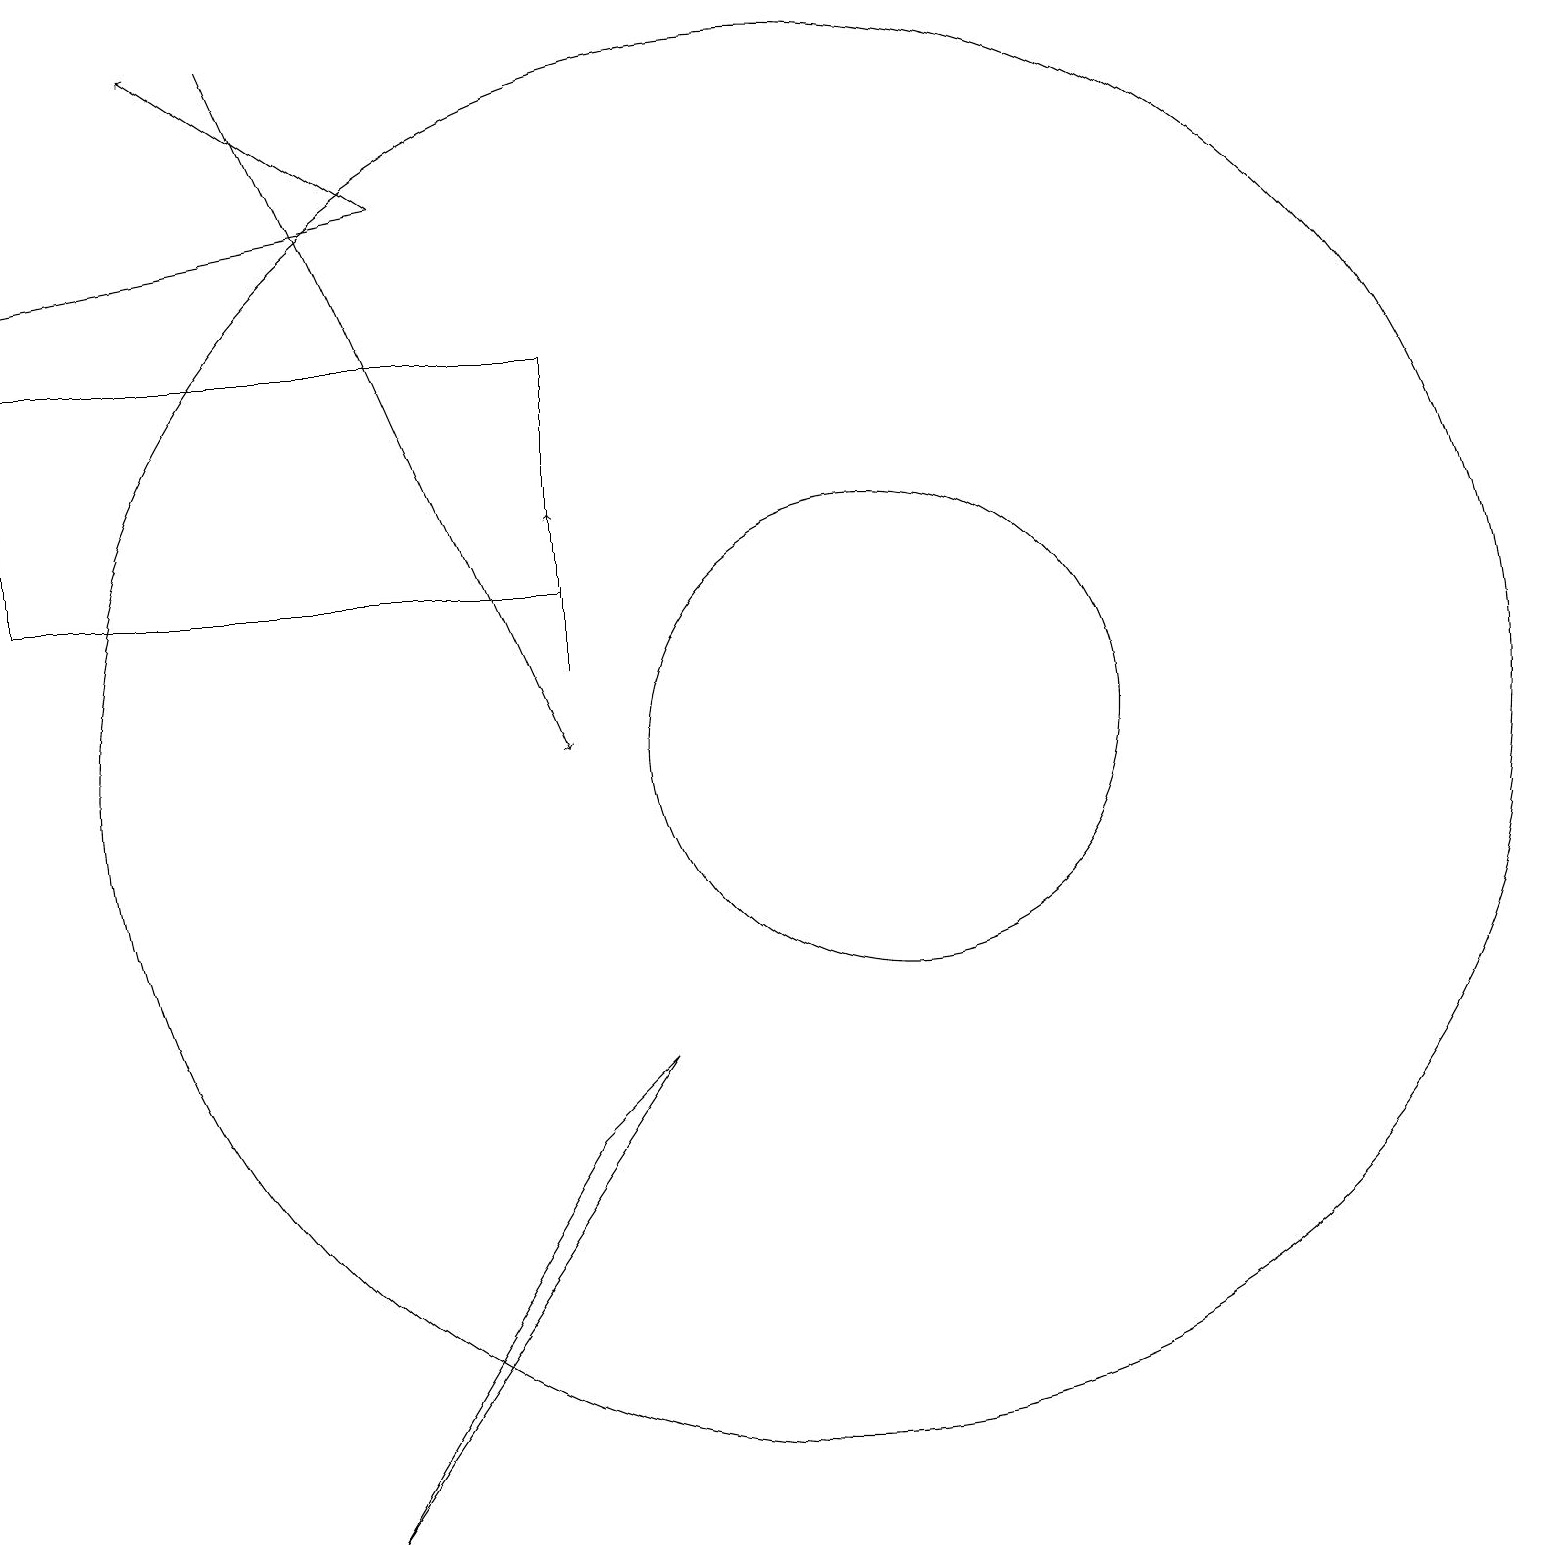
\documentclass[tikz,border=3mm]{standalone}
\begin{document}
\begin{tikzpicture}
\draw (10,10) circle (9);
\draw[->] (7,11) -- (7,13);
\draw[->] (5,17) -- (0,16);
\draw[->] (5,17) -- (2,19);
\draw (7,12) rectangle (0,15);
\draw[->] (3,19) -- (7,10);
\draw (4,0) -- (7,5) -- (8,6) -- cycle;
\draw (11,10) circle (3);
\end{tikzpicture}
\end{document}